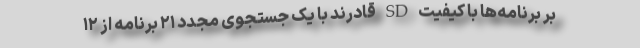
بر برنامه‌ها با کیفیت SD قادرند با یک جستجوی مجدد ۲۱ برنامه از ۱۲